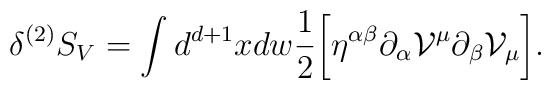
\delta^{(2)} S_{V} = \int d^{d + 1} x d w \frac{1}{2}\biggl[ \eta^{\alpha\beta} \partial_{\alpha} {\cal V}^{\mu} \partial_{\beta} {\cal V}_{\mu} \biggr].